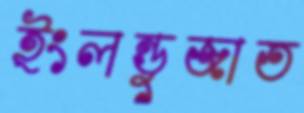
ইংলন্ডুজাত